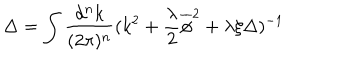
\Delta = \int \frac { d ^ { n } k } { ( 2 \pi ) ^ { n } } ( k ^ { 2 } + \frac { \lambda } { 2 } \overline { { \phi } } ^ { 2 } + \lambda \xi \Delta ) ^ { - 1 }